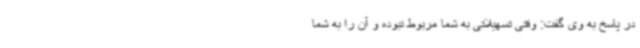
در پاسخ به وی گفت: وقتی تسهیلاتی به شما مربوط نبوده و آن را به شما